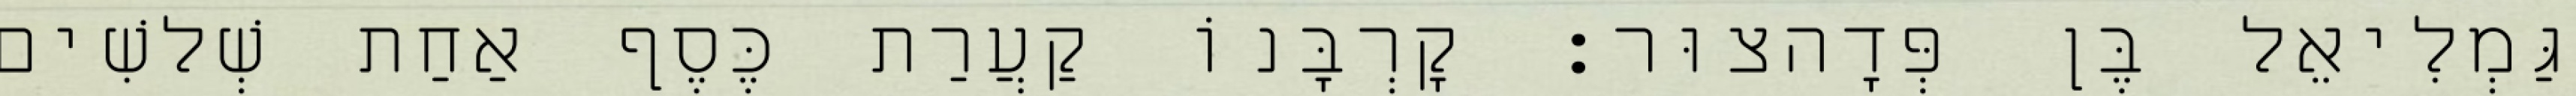
גַּמְלִיאֵל בֶּן פְּדָהצוּר׃ קָרְבָּנוֹ קַעֲרַת כֶּסֶף אַחַת שְׁלשִׁים